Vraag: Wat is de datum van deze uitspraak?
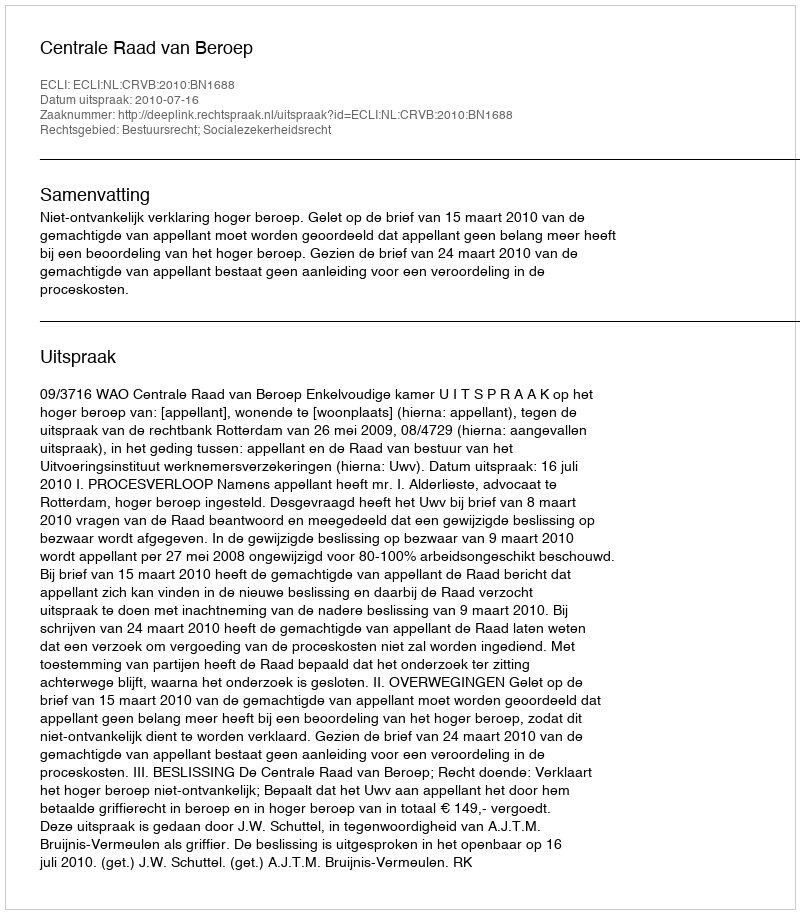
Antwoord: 2010-07-16